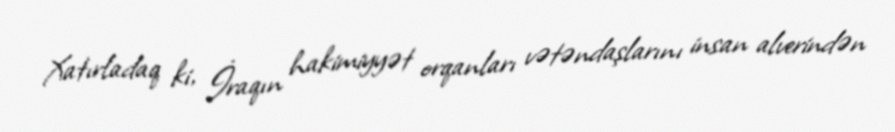
Xatırladaq ki, İraqın hakimiyyət orqanları vətəndaşlarını insan alverindən